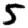
Digit: 5